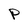
Character: p